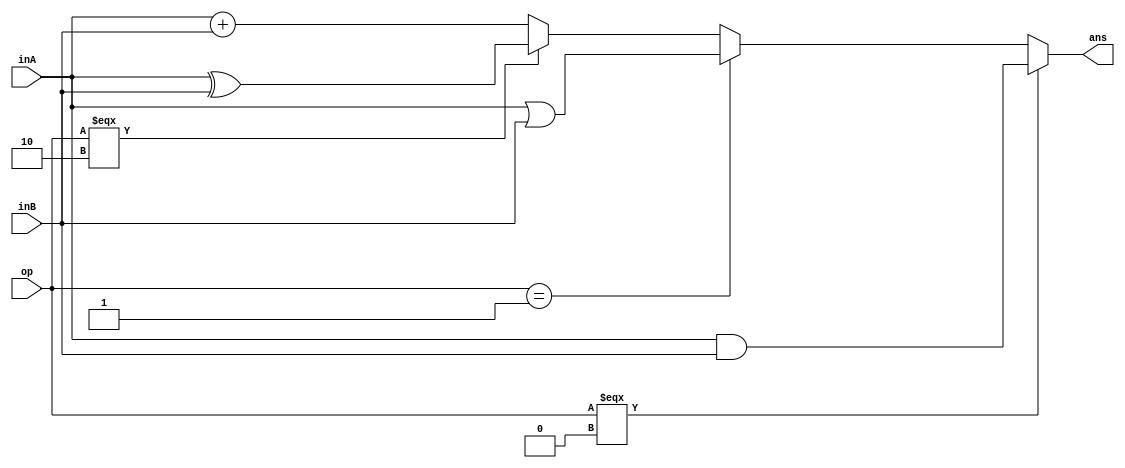
`timescale 1ns / 1ps
//////////////////////////////////////////////////////////////////////////////////
// Company: 
// Engineer: 
// 
// Design Name: 
// Module Name:    CombinCircuit 
// Project Name: 
// Target Devices: 
// Tool versions: 
// Description: 
//
// Dependencies: 
//
// Revision: 
// Revision 0.01 - File Created
// Additional Comments: 
//
//////////////////////////////////////////////////////////////////////////////////
module ALU0(
		input [3:0] inA, 
		input [3:0] inB, 
		input [1:0] op,
		output [3:0]ans
    );
	 
	 assign ans = (op === 2'b00) ? (inA & inB) : ((op == 2'b01) ? (inA | inB) : (op=== 2'b10) ? (inA ^ inB) : (inA + inB) );
	 

endmodule